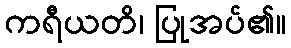
ကရီယတိ၊ ပြုအပ်၏။